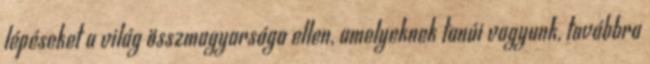
lépéseket a világ összmagyarsága ellen, amelyeknek tanúi vagyunk, továbbra